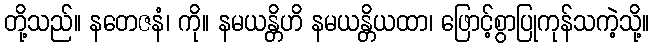
တို့သည်။ နတေဇနံ၊ ကို။ နမယန္တိဟိ နမယန္တိယထာ၊ ဖြောင့်စွာပြုကုန်သကဲ့သို့။